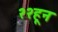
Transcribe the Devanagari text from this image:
२२हून